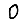
Digit: 0